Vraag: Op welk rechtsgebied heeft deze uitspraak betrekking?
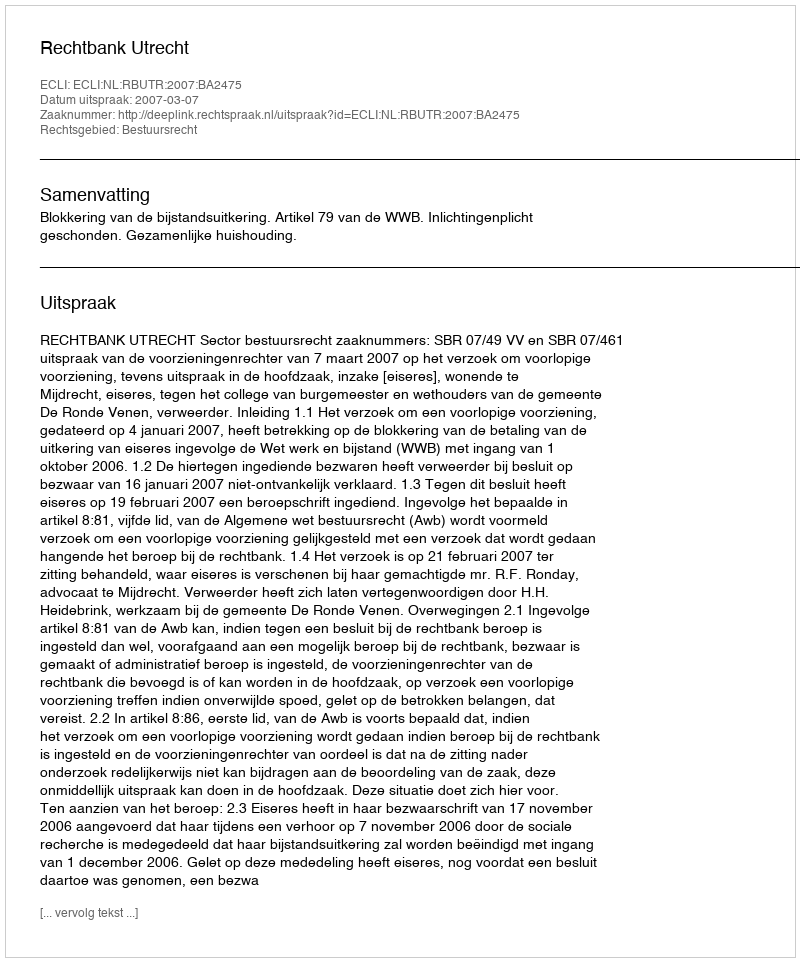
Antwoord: Bestuursrecht